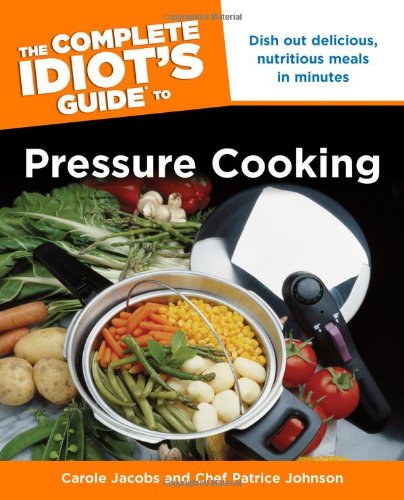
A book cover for The Complete Idiot's Guide to Pressure Cooking (Idiot's Guides); Carole Jacobs; Cookbooks, Food & Wine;